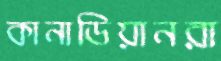
কানাডিয়ানরা